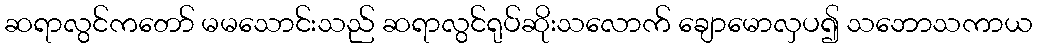
ဆရာလွင်ကတော် မမသောင်းသည် ဆရာလွင်ရုပ်ဆိုးသလောက် ချောမောလှပ၍ သဘောသကာယ